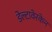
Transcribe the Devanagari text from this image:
डेल्टावेरकेन